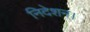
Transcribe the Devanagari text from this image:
निदेशन।